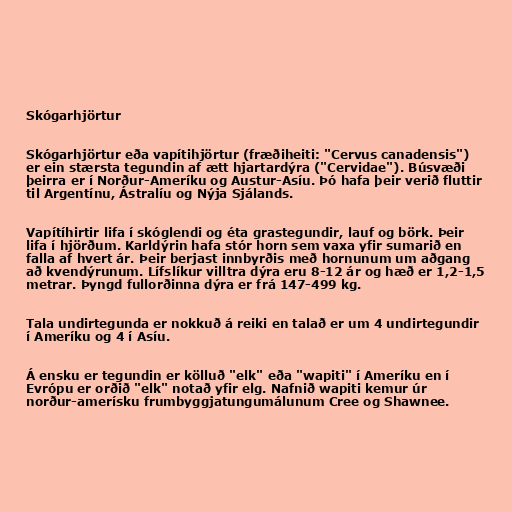
Skógarhjörtur

Skógarhjörtur eða vapítihjörtur (fræðiheiti: "Cervus canadensis")
er ein stærsta tegundin af ætt hjartardýra ("Cervidae"). Búsvæði
þeirra er í Norður-Ameríku og Austur-Asíu. Þó hafa þeir verið fluttir
til Argentínu, Ástralíu og Nýja Sjálands.

Vapítíhirtir lifa í skóglendi og éta grastegundir, lauf og börk. Þeir
lifa í hjörðum. Karldýrin hafa stór horn sem vaxa yfir sumarið en
falla af hvert ár. Þeir berjast innbyrðis með hornunum um aðgang
að kvendýrunum. Lífslíkur villtra dýra eru 8-12 ár og hæð er 1,2-1,5
metrar. Þyngd fullorðinna dýra er frá 147-499 kg.

Tala undirtegunda er nokkuð á reiki en talað er um 4 undirtegundir
í Ameríku og 4 í Asíu.

Á ensku er tegundin er kölluð "elk" eða "wapiti" í Ameríku en í
Evrópu er orðið "elk" notað yfir elg. Nafnið wapiti kemur úr
norður-amerísku frumbyggjatungumálunum Cree og Shawnee.